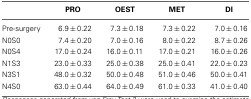
<table><thead><tr><td></td><td><b>PRO</b></td><td><b>OEST</b></td><td><b>MET</b></td><td><b>DI</b></td></tr></thead><tbody><tr><td>Pre-surgery</td><td>6.9 ± 0.22</td><td>7.3 ± 0.18</td><td>7.3 ± 0.22</td><td>7.0 ± 0.16</td></tr><tr><td>N0S0</td><td>7.4 ± 0.20</td><td>7.0 ± 0.16</td><td>8.0 ± 0.22</td><td>8.7 ± 0.26</td></tr><tr><td>N0S4</td><td>17.0 ± 0.24</td><td>16.0 ± 0.11</td><td>17.0 ± 0.21</td><td>16.0 ± 0.26</td></tr><tr><td>N1S3</td><td>23.0 ± 0.33</td><td>25.0 ± 0.38</td><td>25.0 ± 0.41</td><td>22.0 ± 0.23</td></tr><tr><td>N3S1</td><td>48.0 ± 0.32</td><td>50.0 ± 0.48</td><td>51.0 ± 0.46</td><td>50.0 ± 0.41</td></tr><tr><td>N4S0</td><td>63.0 ± 0.44</td><td>64.0 ± 0.49</td><td>61.0 ± 0.33</td><td>41.0 ± 0.40</td></tr></tbody></table>